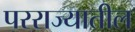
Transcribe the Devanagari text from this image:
परराज्यातील